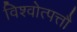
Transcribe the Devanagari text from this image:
विश्वोत्पत्तौ